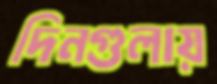
দিনগুলায়